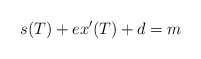
\begin{align*}s(T)+ex'(T)+d=m \end{align*}